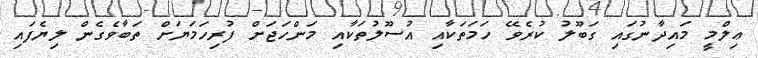
ޢިލްމީ މައިދާނުގައި ގަބޫލު ކުރެވޭ ހަމަތަކާއި އުސޫލުތަކާއި މަންހަޖަށް ފުރިހަމަޔަށް ތަބާވެގެން ލިޔެފައި